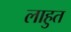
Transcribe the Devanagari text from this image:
लाहुत